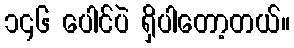
၁၄၆ ပေါင်ပဲ ရှိပါတော့တယ်။